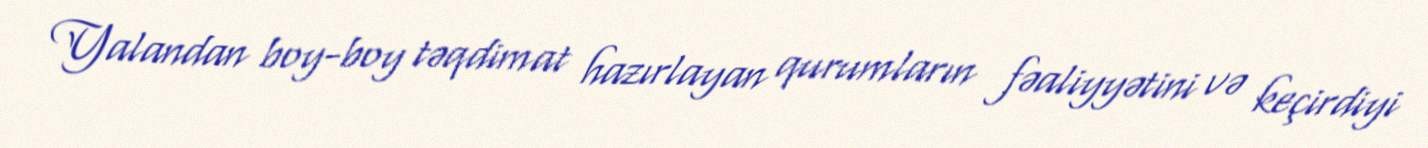
Yalandan boy-boy təqdimat hazırlayan qurumların fəaliyyətini və keçirdiyi